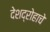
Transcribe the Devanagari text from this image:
देशद्रोहाचे